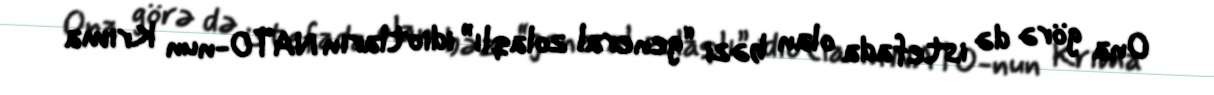
Ona görə də istefada olan bəzi “general zolaqlı” idiotların NATO-nun Krıma